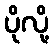
ပိုလို့